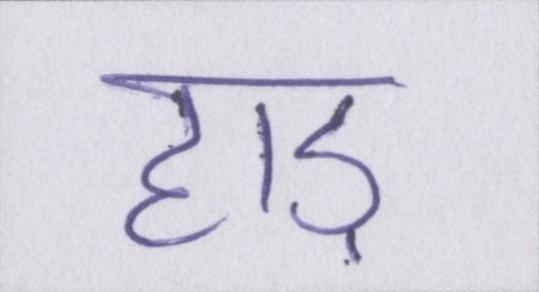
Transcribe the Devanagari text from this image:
हाड़